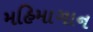
મહિમાગાન